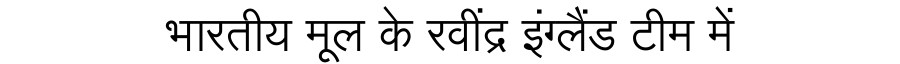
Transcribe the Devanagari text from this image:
भारतीय मूल के रवींद्र इंग्लैंड टीम में